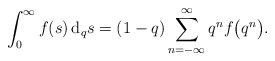
\begin{align*} \int^{\infty}_{0}f(s) \, {\rm d}_{q}s = (1-q)\sum^{\infty}_{n=-\infty}q^{n} f\big(q^n \big).\end{align*}